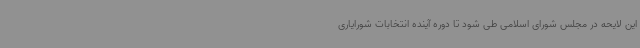
این لایحه در مجلس شورای اسلامی طی شود تا دوره آینده انتخابات شورایاری